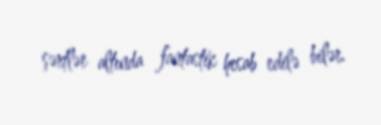
şərtlər altında fantastik hesab edilə bilər.